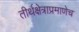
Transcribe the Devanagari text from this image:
तीर्थक्षेत्राप्रमाणेच